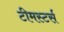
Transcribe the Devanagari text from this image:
टीमस्टर्स